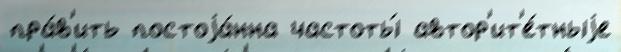
пра́в'ить постоjа́нна частоты́ автор'ит'е́тныjе